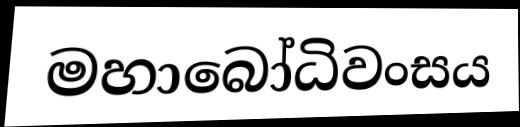
මහාබෝධිවංසය